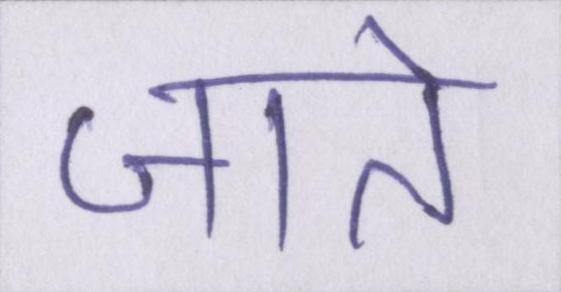
जाते